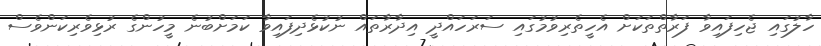
ހާލުގައި ޖެހިފައިވާ ފަރާތްތަކަށް އެހީތެރިވުމުގައި ސަރަހައްދީ އިދާރާތައް ނުކުޅެދިފައިވާ ކަމަށްބުނެ މީހުންގެ ރުޅިވެރިކަންވެސް